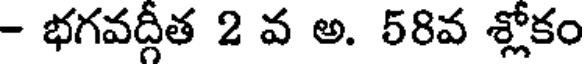
- భగవద్గీత 2 వ అ. 58వ శ్లోకం